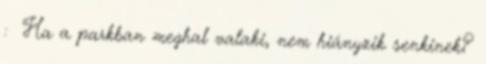
: Ha a parkban meghal valaki, nem hiányzik senkinek?